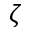
\zeta